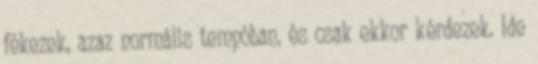
fékezek, azaz normális tempóban, és csak ekkor kérdezek. Ide